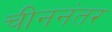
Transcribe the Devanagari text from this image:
चीननंतर